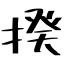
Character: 揆